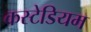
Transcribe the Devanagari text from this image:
कस्टेडियम